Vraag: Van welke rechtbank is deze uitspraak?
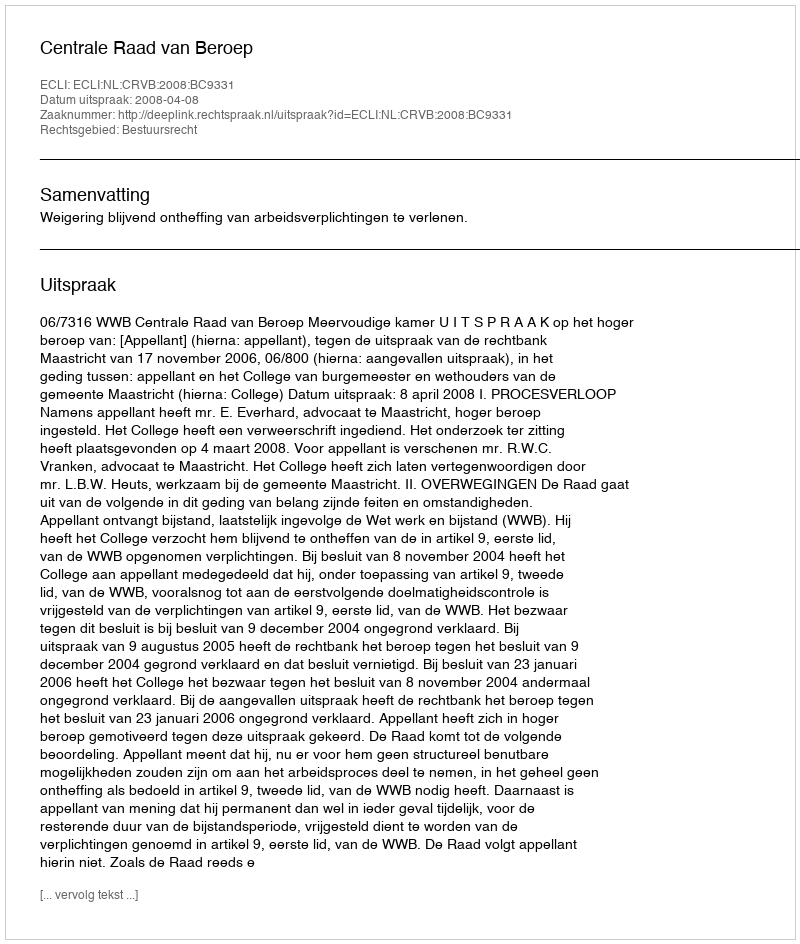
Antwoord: Centrale Raad van Beroep